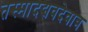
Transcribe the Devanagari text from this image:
तस्मादद्यवदेवात्र